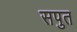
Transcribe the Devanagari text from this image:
सपुत